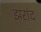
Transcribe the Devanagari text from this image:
झरांद